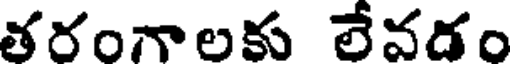
తరంగాలకు లేవడం